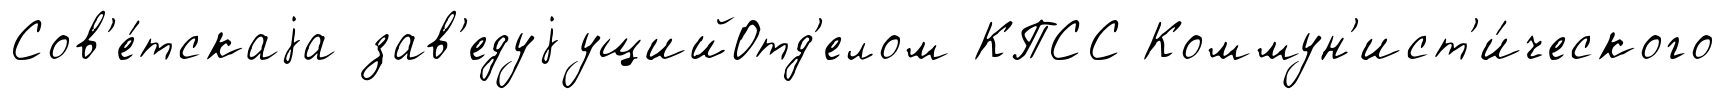
Сов'е́тскаjа зав'едуjущийОтд'елом КПСС Коммун'ист'и́ческого